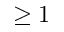
\ge 1